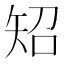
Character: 䂏